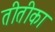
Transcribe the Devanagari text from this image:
तीतीका